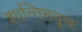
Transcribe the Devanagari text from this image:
शान्तिमयूखः